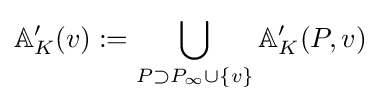
\mathbb {A} _{K}'(v):=\bigcup _{P\supset P_{\infty }\cup \{v\}}\mathbb {A} _{K}'(P,v)